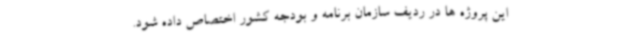
این پروژه ها در ردیف سازمان برنامه و بودجه کشور اختصاص داده شود.